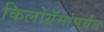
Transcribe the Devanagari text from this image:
किलोग्रॅमांपर्यंत